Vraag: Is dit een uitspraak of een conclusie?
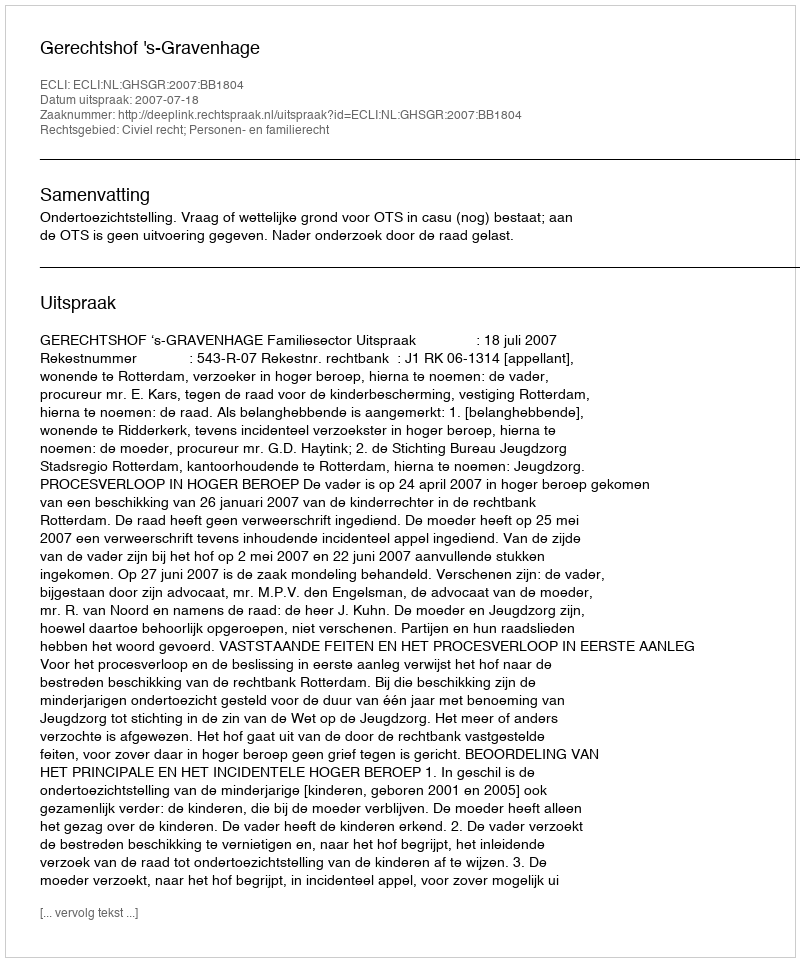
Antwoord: Uitspraak